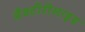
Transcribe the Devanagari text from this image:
बैक्टीरीसाइड